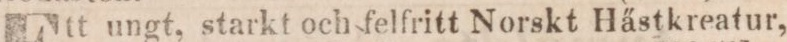
E ungt, starkt och felfritt Norskt Hästkreatur,